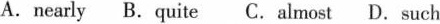
A.nearlyB.quiteC.almostD. such